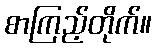
စာကြည့်တိုက်။